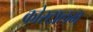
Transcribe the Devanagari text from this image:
कोरटालम